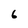
Character: 6